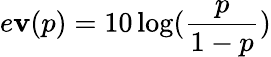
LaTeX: e\mathbf{v}(p)=10\log(\frac{{p}}{{1-p}})